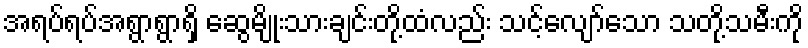
အရပ်ရပ်အရွာရွာရှိ ဆွေမျိုးသားချင်းတို့ထံလည်း သင့်လျော်သော သတို့သမီးကို